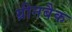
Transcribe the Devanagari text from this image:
ग्रीनबैक